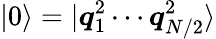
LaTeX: |0\rangle=|\boldsymbol{q}_{1}^{2}\cdots\boldsymbol{q}_{N/2}^{2}\rangle